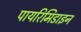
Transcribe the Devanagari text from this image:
पायरिमिडाइन